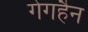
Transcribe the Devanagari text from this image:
गेगहैन